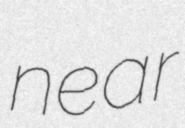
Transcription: near